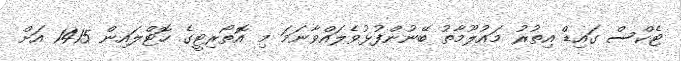
ޓެކްސް ގައިޑް އިތުރު މައުލޫމާތު ބޭނުންފުޅުވެލައްވާނަމަ މި އޮތޯރިޓީގެ ހޮޓްލައިން 1415 އަށް